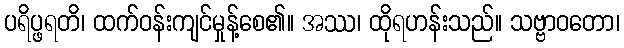
ပရိပ္ဖရတိ၊ ထက်ဝန်းကျင်မှုန့်စေ၏။ အဿ၊ ထိုရဟန်းသည်။ သဗ္ဗာဝတော၊